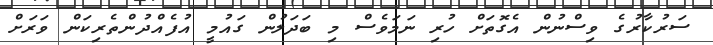
ސަރުކާރުގެ ވިސްނުން އެގޮތަށް ހުރި ނަމަވެސް މި ބަދަލުން ގައުމީ އުފެއްދުންތެރިކަން ވަރަށް